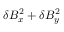
\delta B _ { x } ^ { 2 } + \delta B _ { y } ^ { 2 }